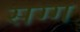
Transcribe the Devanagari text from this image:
सग्ग